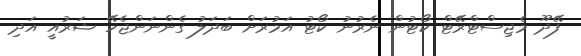
ފޭދޫ މެޖިސްޓްރޭޓް ކޯޓުން ނެރުނު ކޯޓު އަމުރަށް ބަދަލު ގެންނަންޖެހޭ ޝަރުއީ އަދި